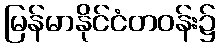
မြန်မာနိုင်ငံတဝန်း၌